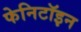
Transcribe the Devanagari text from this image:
फेनिटॉइन